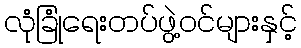
လုံခြုံရေးတပ်ဖွဲ့ဝင်များနှင့်